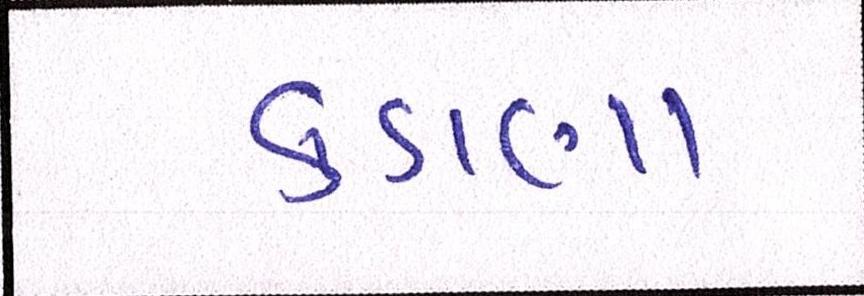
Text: કડાણા